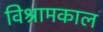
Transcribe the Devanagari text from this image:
विश्रामकाल